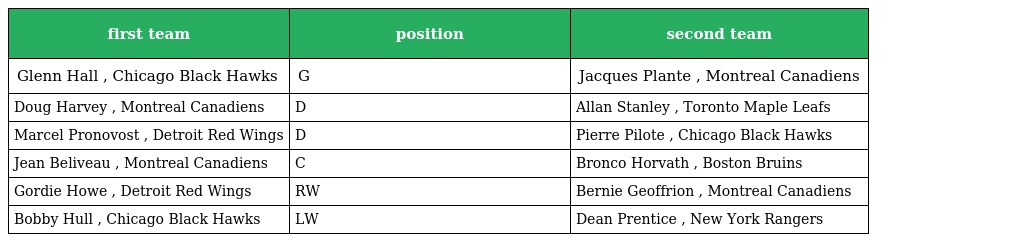
| first team | position | second team |
 | --- | --- | --- |
 | Glenn Hall , Chicago Black Hawks | G | Jacques Plante , Montreal Canadiens |
 | Doug Harvey , Montreal Canadiens | D | Allan Stanley , Toronto Maple Leafs |
 | Marcel Pronovost , Detroit Red Wings | D | Pierre Pilote , Chicago Black Hawks |
 | Jean Beliveau , Montreal Canadiens | C | Bronco Horvath , Boston Bruins |
 | Gordie Howe , Detroit Red Wings | RW | Bernie Geoffrion , Montreal Canadiens |
 | Bobby Hull , Chicago Black Hawks | LW | Dean Prentice , New York Rangers |